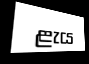
ළැය